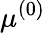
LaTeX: \mu^{(0)}